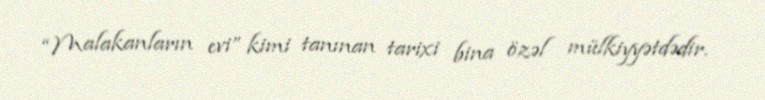
“Malakanların evi” kimi tanınan tarixi bina özəl mülkiyyətdədir.